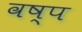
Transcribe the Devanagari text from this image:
वष्प